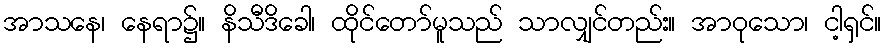
အာသနေ၊ နေရာ၌။ နိသီဒိခေါ၊ ထိုင်တော်မူသည် သာလျှင်တည်း။ အာဝုသော၊ ငါ့ရှင်။